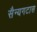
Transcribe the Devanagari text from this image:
सैन्यगटास